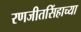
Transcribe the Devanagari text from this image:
रणजीतसिंहाच्या